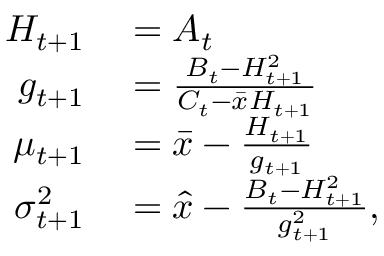
\begin{array} { r l } { H _ { t + 1 } } & { { } = A _ { t } } \\ { g _ { t + 1 } } & { { } = \frac { B _ { t } - H _ { t + 1 } ^ { 2 } } { C _ { t } - \bar { x } H _ { t + 1 } } } \\ { \mu _ { t + 1 } } & { { } = \bar { x } - \frac { H _ { t + 1 } } { g _ { t + 1 } } } \\ { \sigma _ { t + 1 } ^ { 2 } } & { { } = \hat { x } - \frac { B _ { t } - H _ { t + 1 } ^ { 2 } } { g _ { t + 1 } ^ { 2 } } , } \end{array}